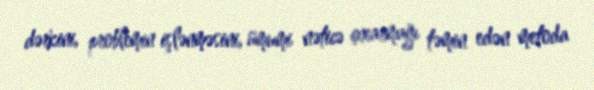
dərkini, problemin işlənməsini, ümumi nəticə çıxarmağı təmin edən metoda